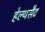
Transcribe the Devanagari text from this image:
हेल्थसैट